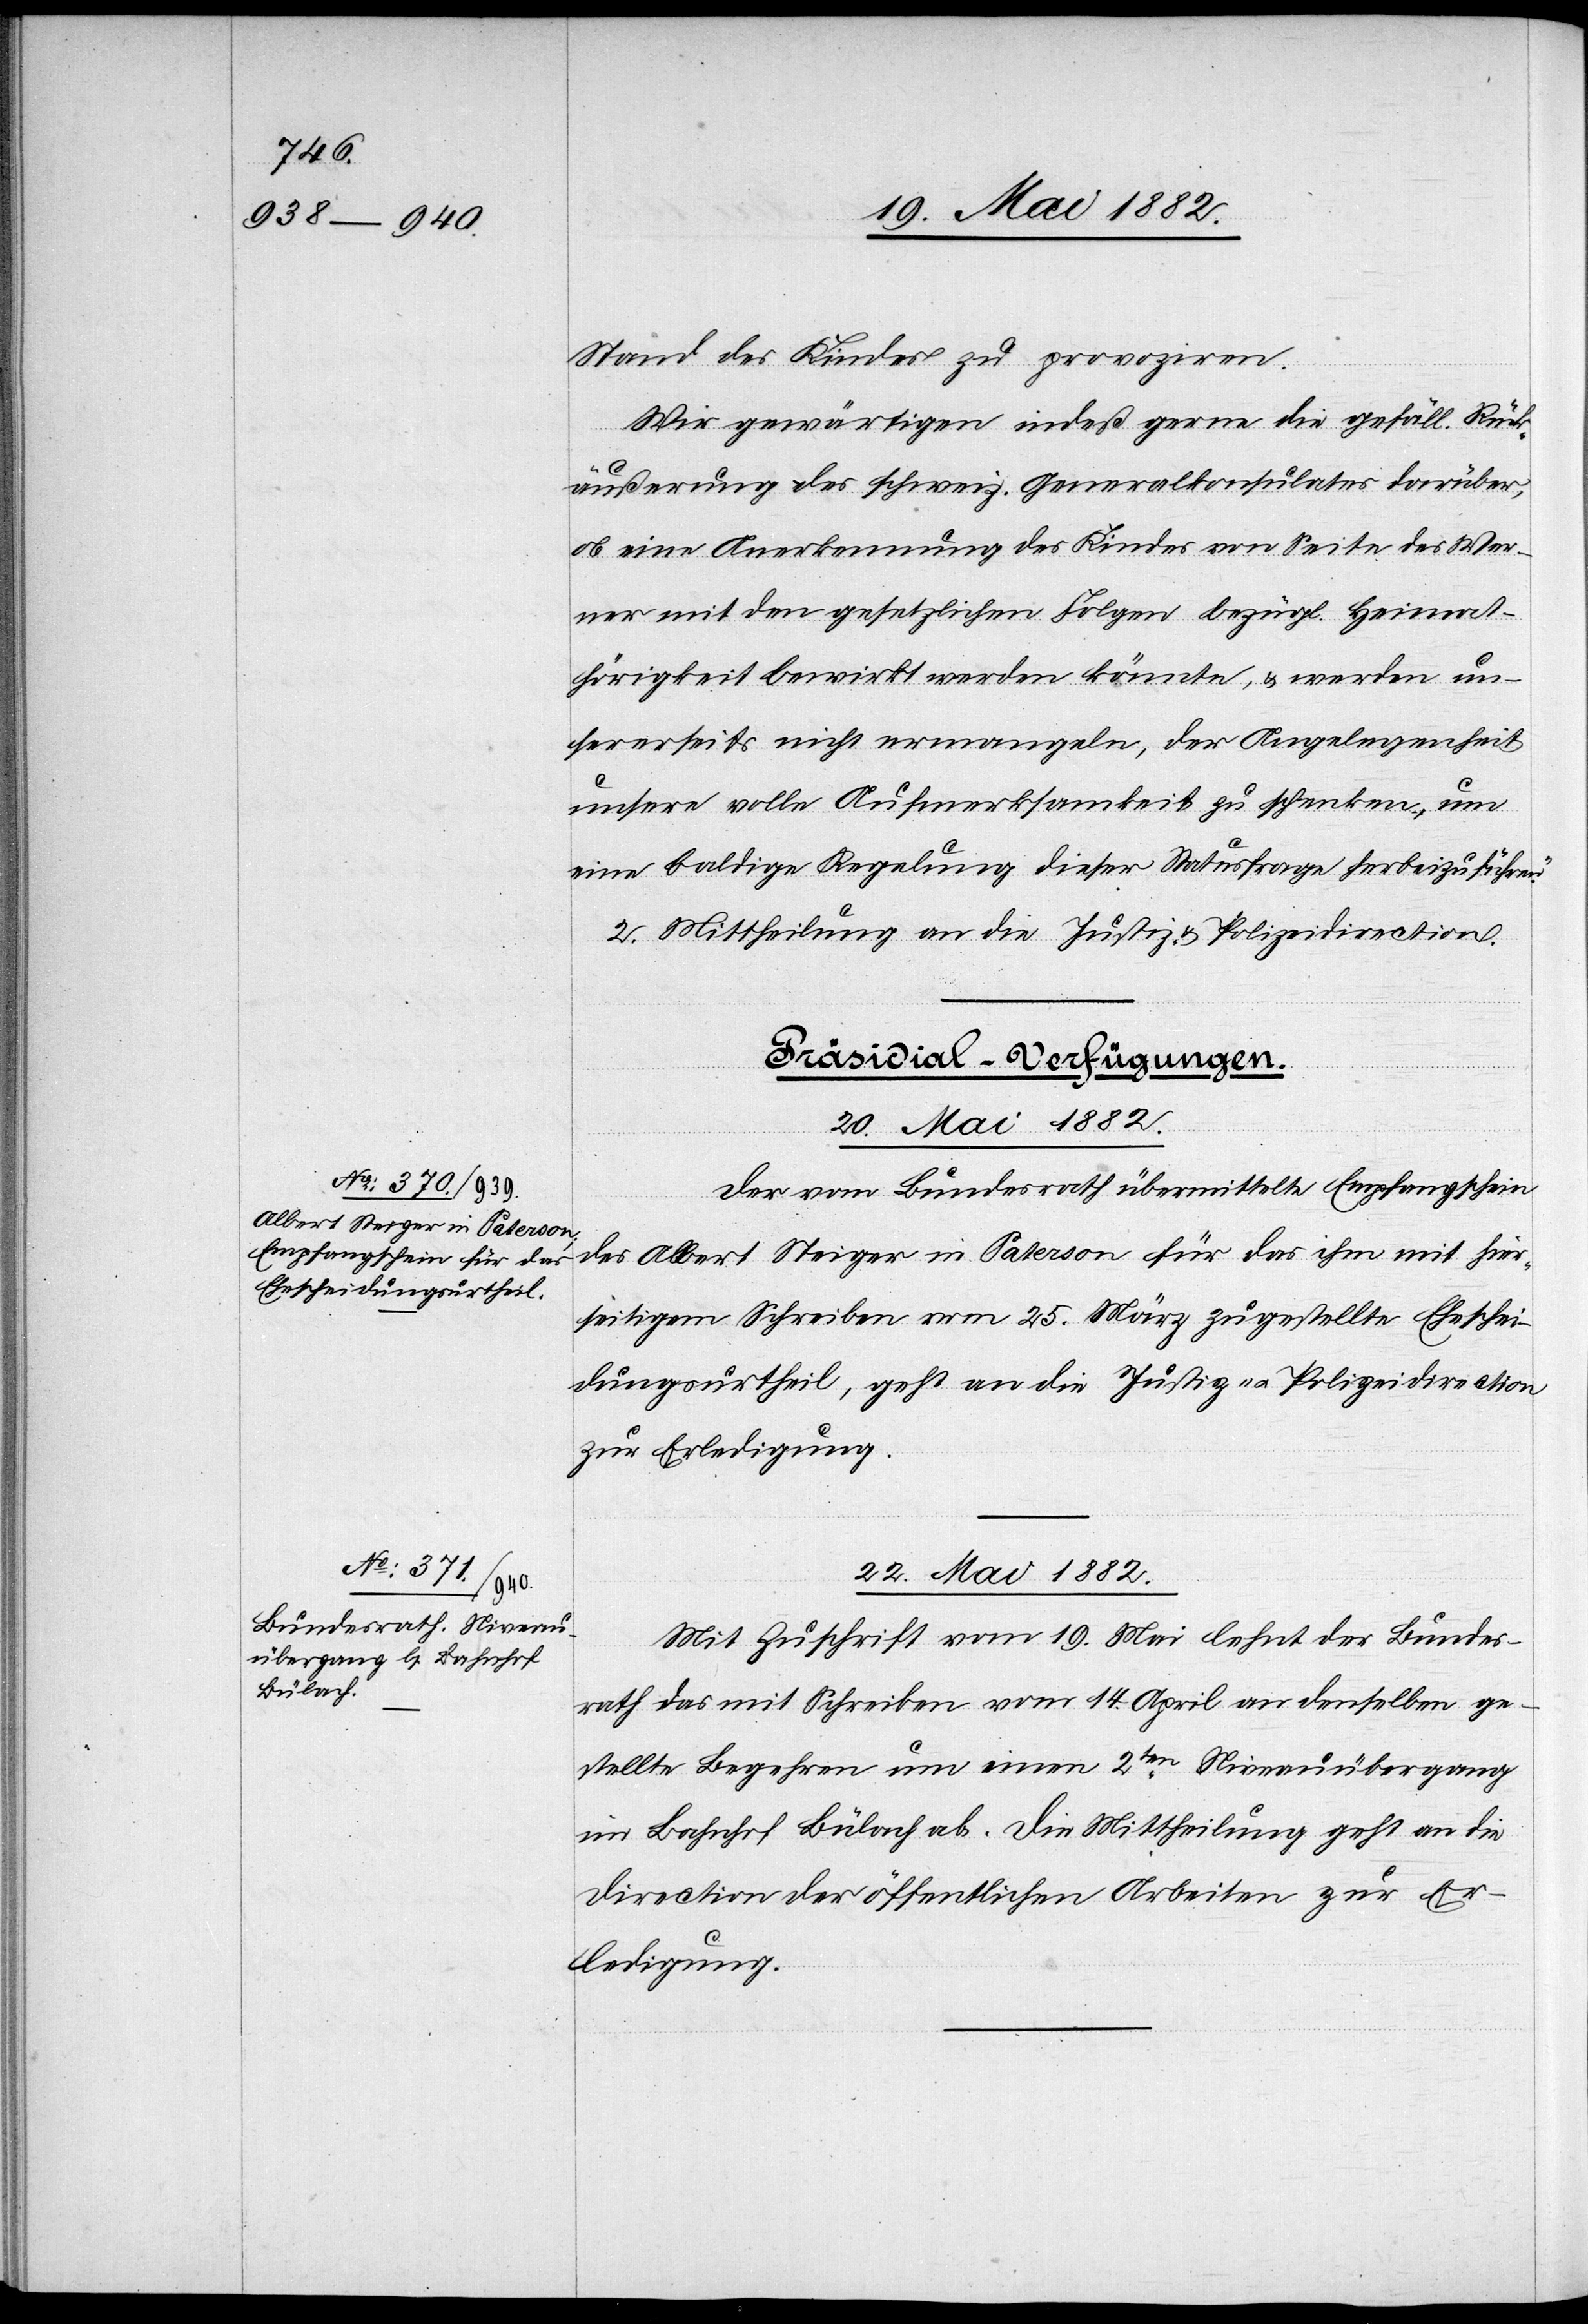
Stand des Kindes zu provoziren.
Wir gewärtigen indeß gerne die gefäll. Rück¬
äußerung des schweiz. Generalkonsulates darüber,
ob eine Anerkennung des Kindes von Seite des Wer¬
ner mit den gesetzlichen Folgen bezügl. Heimat¬
hörigkeit bewirkt werden könnte, & werden un¬
sererseits nicht ermangeln, der Angelegenheit
unsere volle Aufmerksamkeit zu schenken, um
eine baldige Regelung dieser Statusfrage herbeizuführen.“
2. Mittheilung an die Justiz- & Polizeidirection.
[Präsidial-Verfügungen.]
20. Mai 1882.
Der vom Bundesrath übermittelte Empfangschein
des Albert Steiger in Paterson für das ihm mit hier¬
seitigem Schreiben vom 25. März zugestellte Eheschei¬
dungsurtheil, geht an die Justiz- u. Polizeidirection
zur Erledigung.
22. Mai 1882.
Mit Zuschrift vom 19. Mai lehnt der Bundes¬
rath das mit Schreiben vom 14. April an denselben ge¬
stellte Begehren um einen 2ten Niveauübergang
im Bahnhof Bülach ab. Die Mittheilung geht an die
Direction der öffentlichen Arbeiten zur Er¬
ledigung.